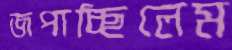
জপাচ্ছিলেম